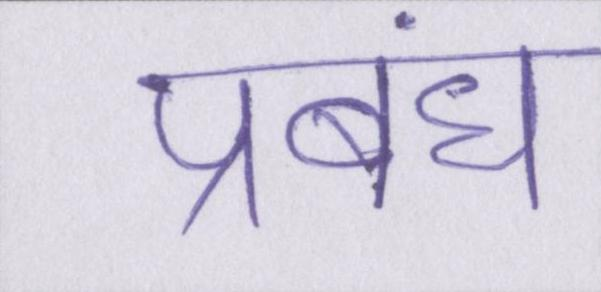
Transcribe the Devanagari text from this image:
प्रबंध